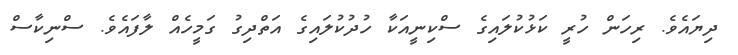
ދިޔައެވެ. ރިހަން ހުރީ ކަޅުކުލައިގެ ސްކިނީއަކާ ހުދުކުލައިގެ އަތްދިގު ގަމީހެއް ލާފައެވެ. ސްނިކާސް